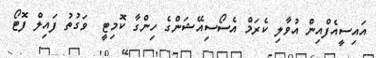
އައިސީއެފްއިން އުވާލި ކެރަމް އެސޯސިއޭޝަންގެ ހިންގާ ކޮމިޓީ  ވަގުތު ފައިލް ފޮޓޯ